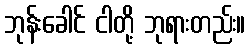
ဘုန်းခေါင် ငါတို့ ဘုရားတည်း။